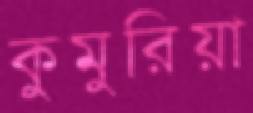
কুমুরিয়া